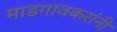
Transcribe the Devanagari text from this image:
माडगावकरांनी